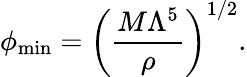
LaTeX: \phi_{\mathrm{min}}=\left(\frac{M\Lambda^{5}}{\rho}\right)^{1/2}.